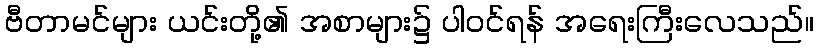
ဗီတာမင်များ ယင်းတို့၏ အစာများ၌ ပါဝင်ရန် အရေးကြီးလေသည်။